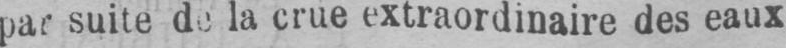
par suite de la crue extraordinaire des eaux